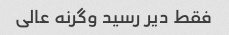
فقط دیر رسید وگرنه عالی